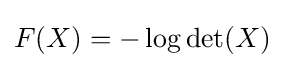
F(X)=-\log \det(X)